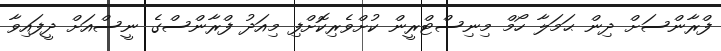
ފްރާންސަށް ދިން ޙަމަލާ ހޯމް މިނިސްޓްރީން ކުށްވެރިކޮށްފި މިއަދު ފްރާންސްގެ ނީސްއަށް ދީފައިވާ